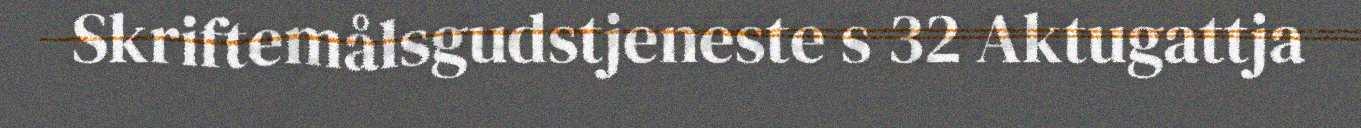
Skriftemålsgudstjeneste s 32 Aktugattja